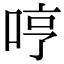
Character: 哼